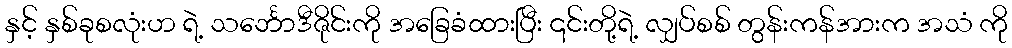
နှင့် နှစ်ခုစလုံးဟ ရဲ့ သင်္ဘောဒီဇိုင်းကို အခြေခံထားပြီး ၎င်းတို့ရဲ့ လျှပ်စစ် တွန်းကန်အားက အသံ ကို